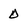
Character: O